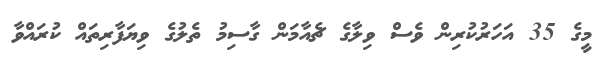
މީގެ 35 އަހަރުކުރިން ވެސް ވިލާގެ ޗެއާމަން ގާސިމު ތެލުގެ ވިޔަފާރިތައް ކުރައްވާ